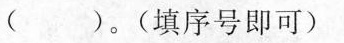
()。(填序号即可)